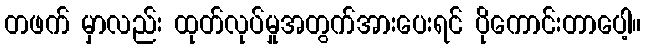
တဖက် မှာလည်း ထုတ်လုပ်မှုအတွက်အားပေးရင် ပိုကောင်းတာပေါ့။